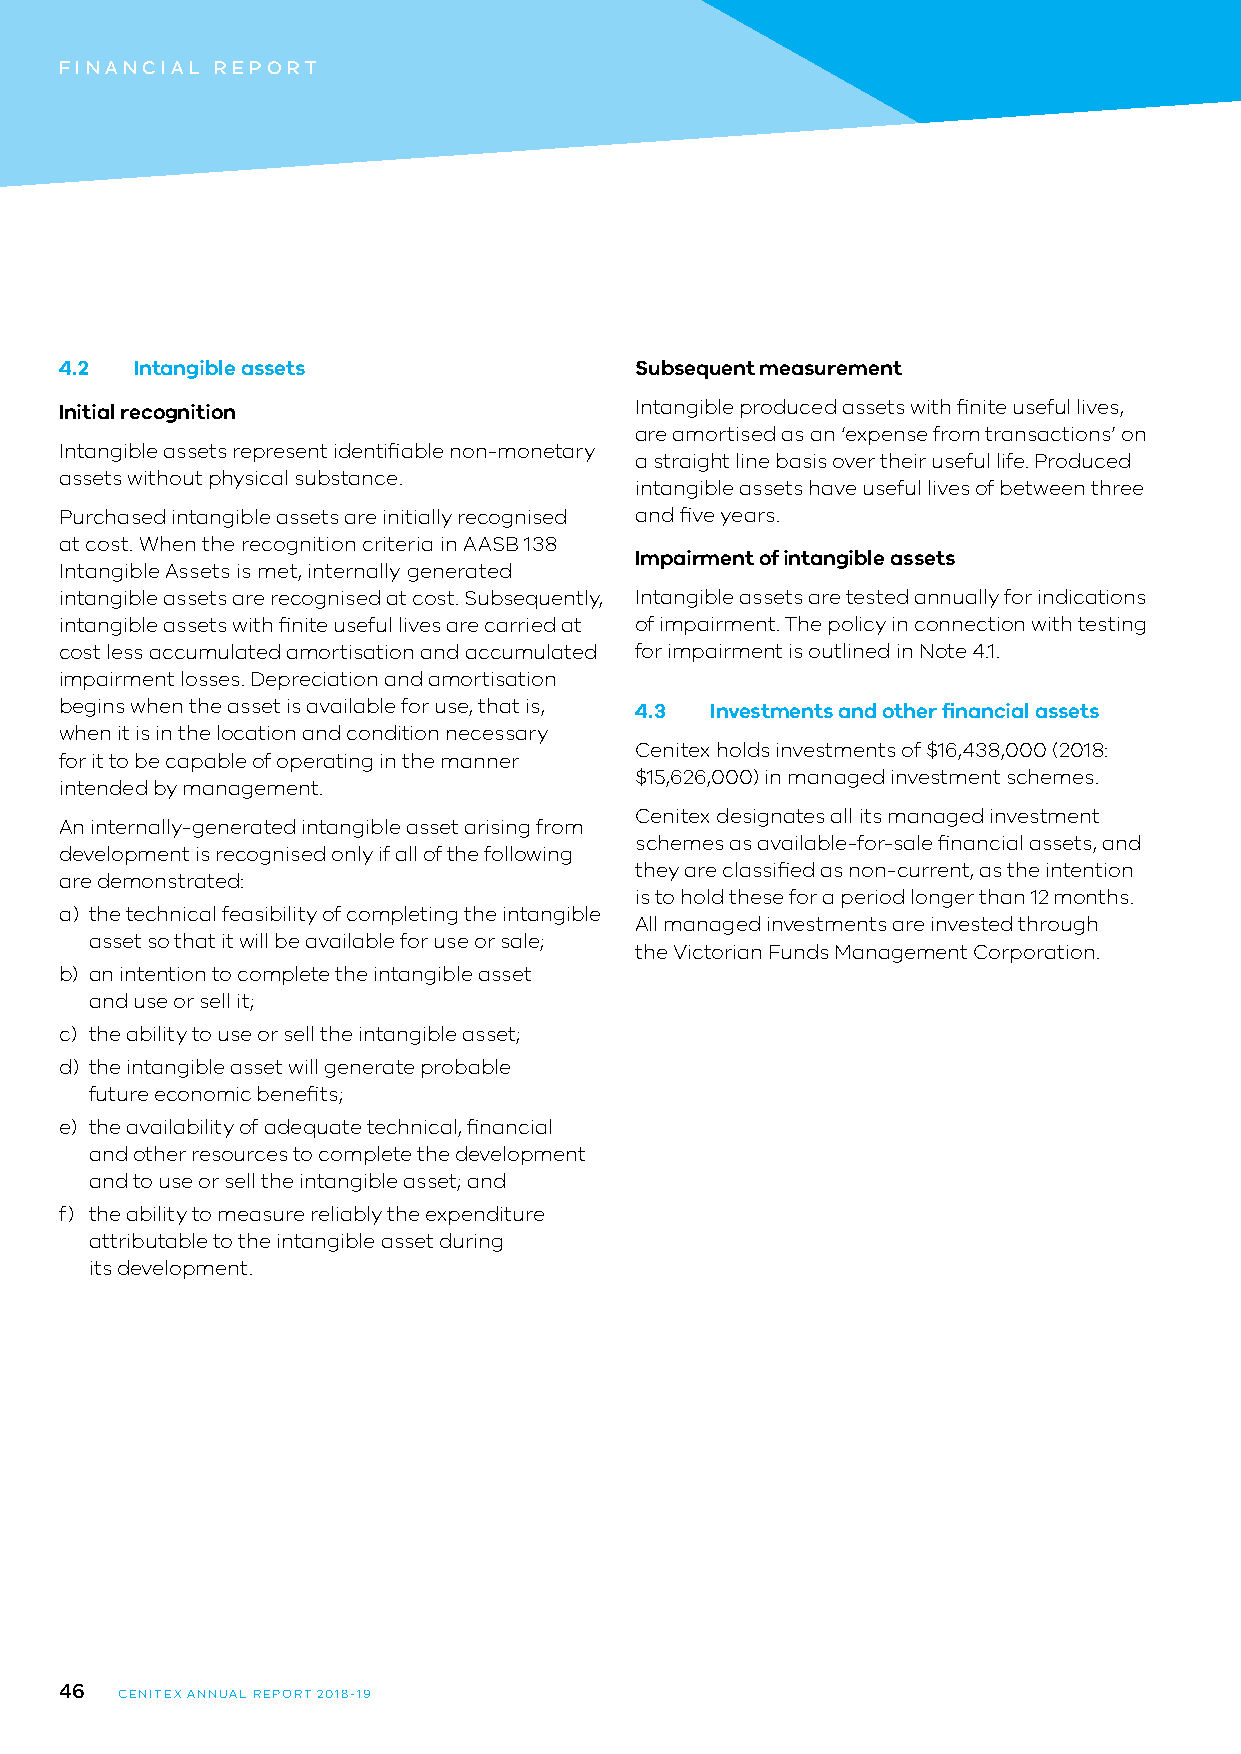
FINANCIAL REPORT
 4.2  Intangible assets                Subsequent measurement
 Initial recognition                   Intangible produced assets with finite useful lives,
 are amortised as an ‘expense from transactions’ on
 Intangible assets represent identifiable non-monetary
 a straight line basis over their useful life. Produced
 assets without physical substance.
 intangible assets have useful lives of between three
 Purchased intangible assets are initially recognised and five years.
 at cost. When the recognition criteria in AASB 138
 Impairment of intangible assets
 Intangible Assets is met, internally generated
 intangible assets are recognised at cost. Subsequently, Intangible assets are tested annually for indications
 intangible assets with finite useful lives are carried at of impairment. The policy in connection with testing
 cost less accumulated amortisation and accumulated for impairment is outlined in Note 4.1.
 impairment losses. Depreciation and amortisation
 begins when the asset is available for use, that is, 4.3 Investments and other financial assets
 when it is in the location and condition necessary
 Cenitex holds investments of $16,438,000 (2018:
 for it to be capable of operating in the manner
 $15,626,000) in managed investment schemes.
 intended by management.
 Cenitex designates all its managed investment
 An internally-generated intangible asset arising from
 schemes as available-for-sale financial assets, and
 development is recognised only if all of the following
 they are classified as non-current, as the intention
 are demonstrated:
 is to hold these for a period longer than 12 months.
 a) the technical feasibility of completing the intangible
 All managed investments are invested through
 asset so that it will be available for use or sale;
 the Victorian Funds Management Corporation.
 b) an intention to complete the intangible asset
 and use or sell it;
 c) the ability to use or sell the intangible asset;
 d) the intangible asset will generate probable
 future economic benefits;
 e) the availability of adequate technical, financial
 and other resources to complete the development
 and to use or sell the intangible asset; and
 f) the ability to measure reliably the expenditure
 attributable to the intangible asset during
 its development.
 46
 CENITEX ANNUAL REPORT 2018-19